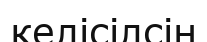
келісілсін